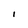
Character: I